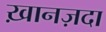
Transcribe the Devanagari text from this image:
ख़ानज़दा